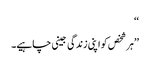
‘‘
’’ہر شخص کو اپنی زندگی جینی چاہیے۔